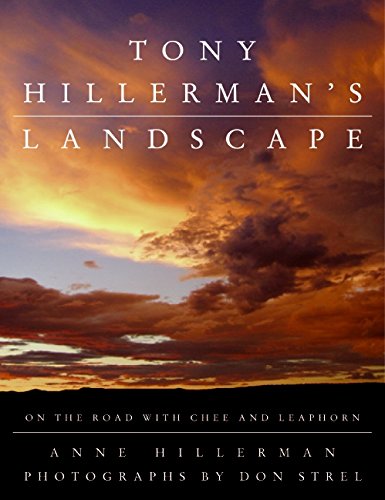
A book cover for Tony Hillerman's Landscape: On the Road with Chee and Leaphorn; Anne Hillerman; Mystery, Thriller & Suspense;